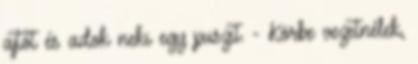
ajtót és adok neki egy puszit. - Körbe vezetnélek,